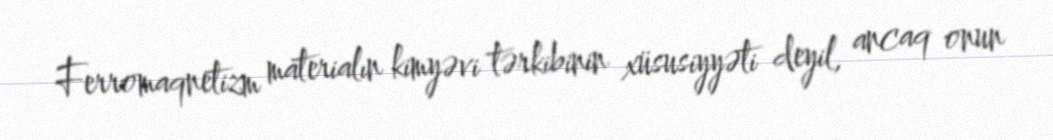
Ferromaqnetizm materialın kimyəvi tərkibinin xüsusiyyəti deyil, ancaq onun